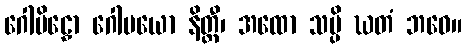
ဂေါမိဠှော ဂေါမယော နိတ္ထီ၊ အထော သပ္ပိ ဃတံ ဘဝေ။